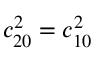
c _ { 2 0 } ^ { 2 } = c _ { 1 0 } ^ { 2 }